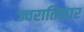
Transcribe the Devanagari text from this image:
ज्वरातिसार